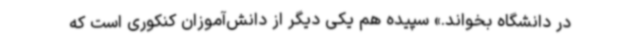
در دانشگاه بخواند.» سپیده هم یکی دیگر از دانش‌آموزان کنکوری است که